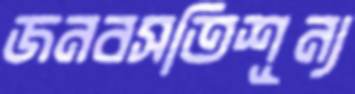
জনবসতিশূন্য